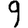
Digit: 9